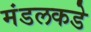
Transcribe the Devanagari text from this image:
मंडलकडे